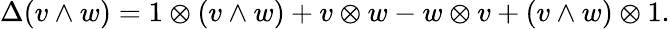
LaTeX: \Delta(v\wedge w)=1\otimes(v\wedge w)+v\otimes w-w\otimes v+(v\wedge w)\otimes 1.